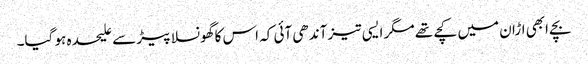
بچے ابھی اڑان میں کچے تھے مگر ایسی تیز آندھی آئی کہ اس کا گھونسلا پیڑ سے علیحدہ ہو گیا۔